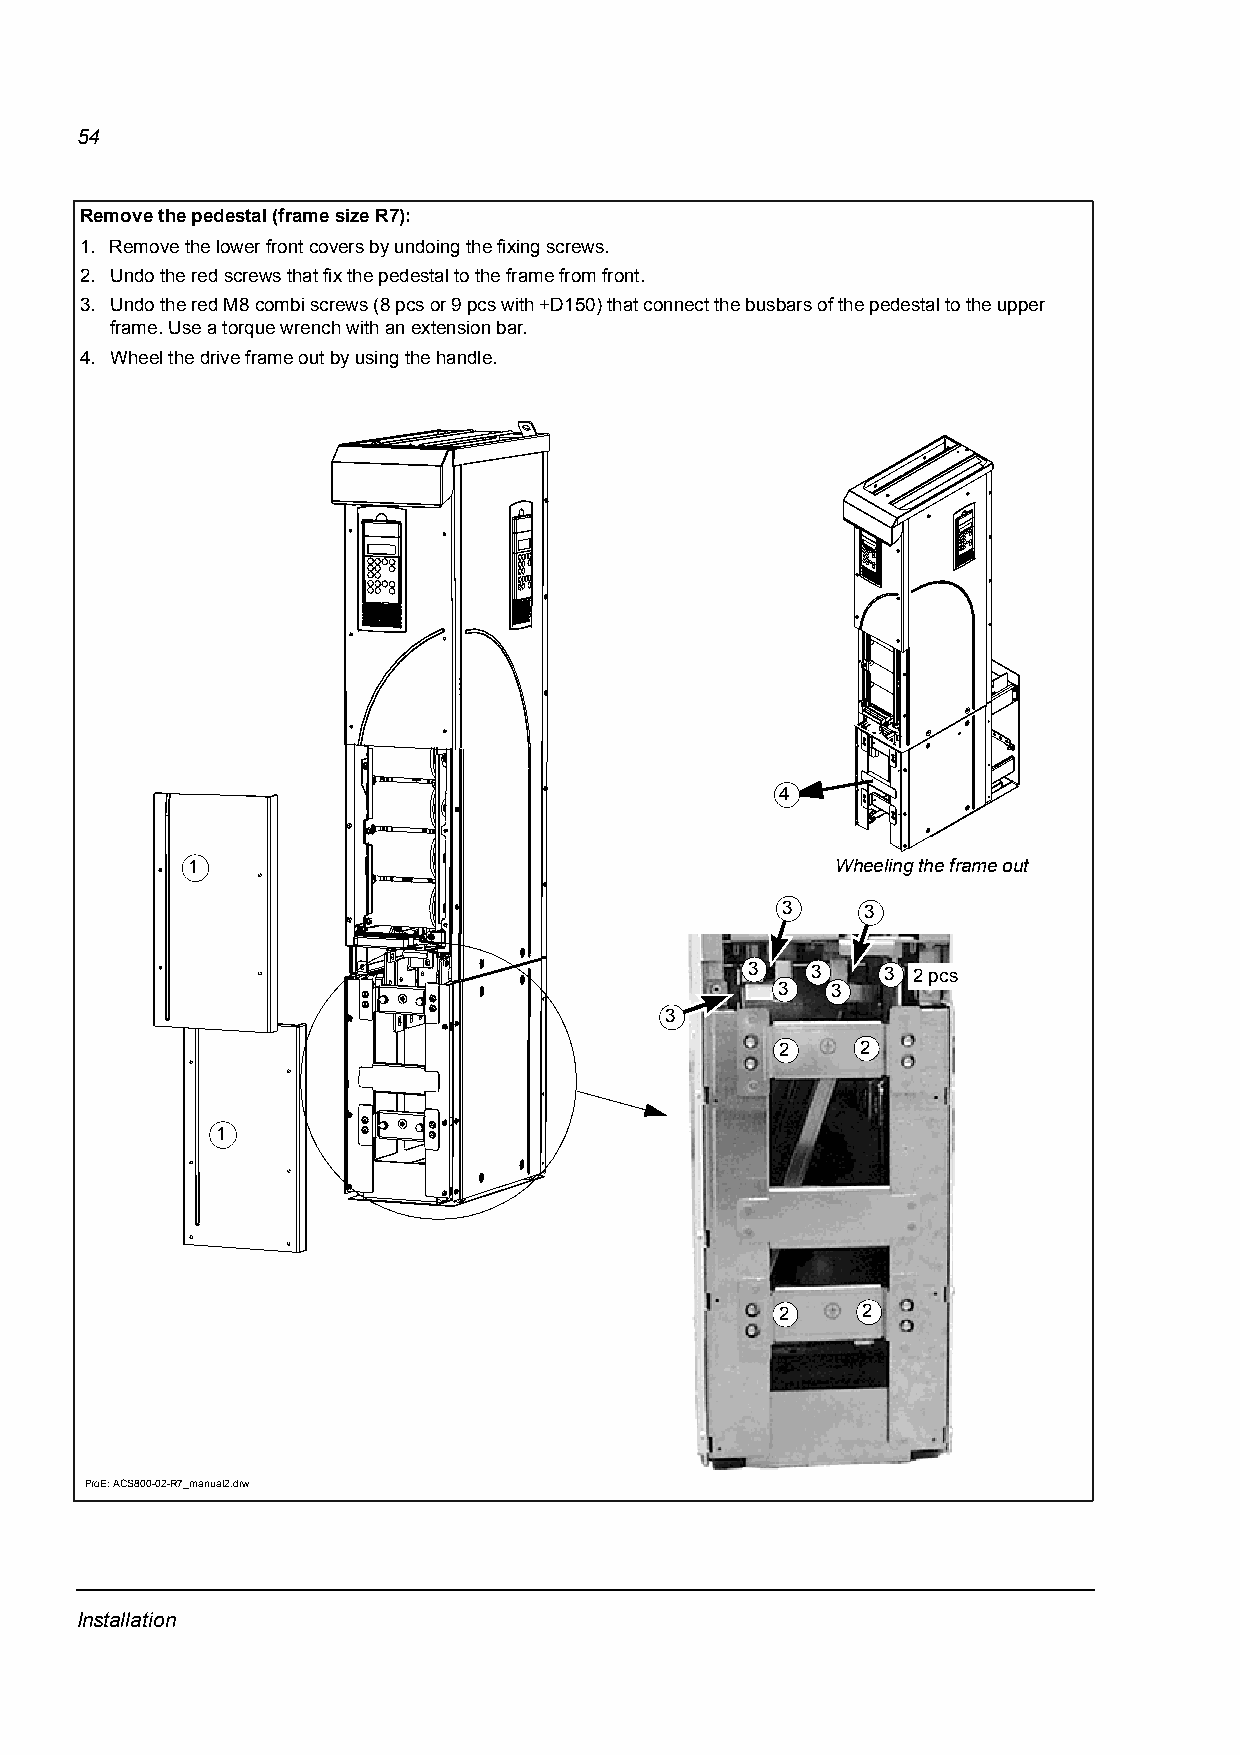
54
 Remove the pedestal (frame size R7):
 1. Remove the lower front covers by undoing the fixing screws.
 2. Undo the red screws that fix the pedestal to the frame from front.
 3. Undo the red M8 combi screws (8 pcs or 9 pcs with +D150) that connect the busbars of the pedestal to the upper
 frame. Use a torque wrench with an extension bar.
 4. Wheel the drive frame out by using the handle.
 4
 1                                          Wheeling the frame out
 3    3
 3    3    3 2 pcs
 3  3
 3
 2    2
 1
 2    2
 ProE: ACS800-02-R7_manual2.drw
 Installation